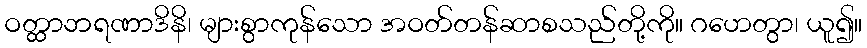
ဝတ္ထာဘရဏာဒိနိ၊ များစွာကုန်သော အဝတ်တန်ဆာစသည်တို့ကို။ ဂဟေတွာ၊ ယူ၍။